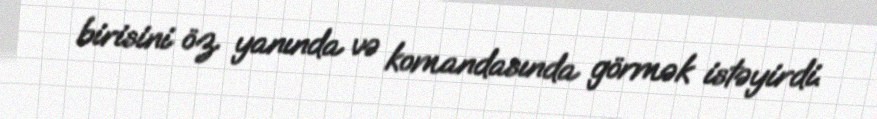
birisini öz yanında və komandasında görmək istəyirdi.